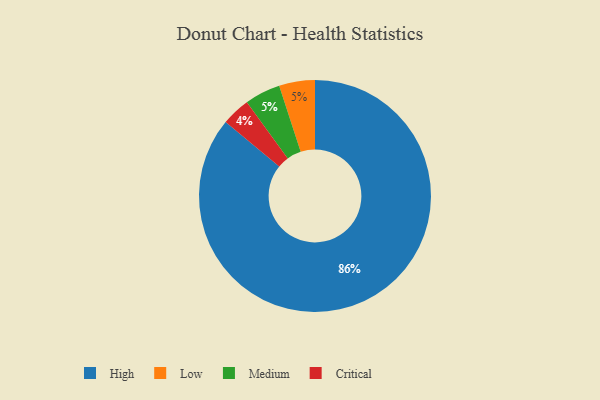
{"axis": {"x": "Category", "y": "Percentage"}, "legend": ["Critical", "High", "Low", "Medium"], "data": [{"x": "Critical", "y": 4, "type": "Critical"}, {"x": "Low", "y": 5, "type": "Low"}, {"x": "Medium", "y": 5, "type": "Medium"}, {"x": "High", "y": 86, "type": "High"}]}